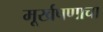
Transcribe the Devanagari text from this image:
मूर्खपणाचा